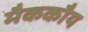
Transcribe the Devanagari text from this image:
मैककौय